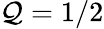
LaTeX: \mathcal{Q}=1/2